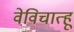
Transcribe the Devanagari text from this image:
वेविचात्हू